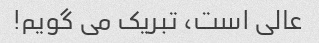
عالی است، تبریک می گویم!